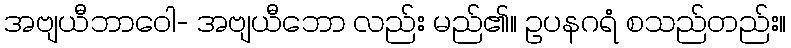
အဗျယီဘာဝေါ- အဗျယီဘော လည်း မည်၏။ ဥပနဂရံ စသည်တည်း။